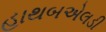
હાથબએલડી